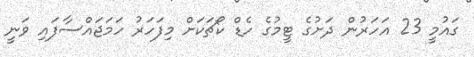
ގައުމީ 23 އަހަރުން ދަށުގެ ޓީމުގެ ހެޑް ކޯޗަކަށް މިފަހަރު ހަމަޖައްސާފައި ވަނީ